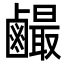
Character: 䴝